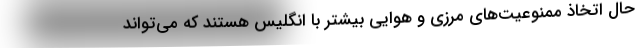
حال اتخاذ ممنوعیت‌های مرزی و هوایی بیشتر با انگلیس هستند که می‌تواند